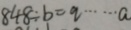
8 4 8 \div b = q \cdots a